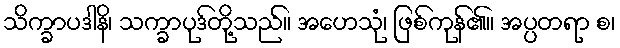
သိက္ခာပဒါနိ၊ သက္ခာပုဒ်တို့သည်။ အဟေသုံ၊ ဖြစ်ကုန်၏။ အပ္ပတရာ စ၊